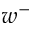
w ^ { - }